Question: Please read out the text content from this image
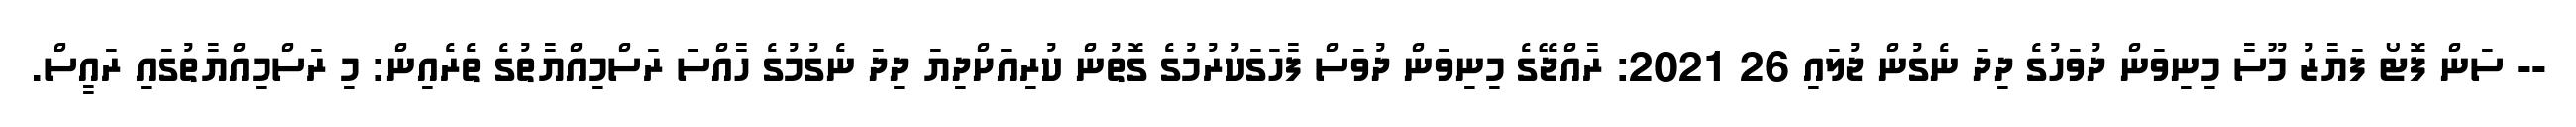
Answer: -- ސަން ފޮޓޯ ފަޔާޒު މޫސާ މިނިވަން ދުވަހުގެ ދިދަ ނެގުން ޖުލައި 26 2021: ރާއްޖޭގެ މިނިވަން ދުވަސް ފާހަގަކުރުމުގެ ގޮތުން ކުރިއަށްދިޔަ ދިދަ ނެގުމުގެ ހާއްސަ ރަސްމިއްޔާތުގެ ތެރެއިން: މި ރަސްމިއްޔާތުގައި ރައީސް.